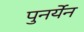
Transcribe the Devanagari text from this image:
पुनर्येन